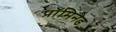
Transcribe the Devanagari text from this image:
प्रॉमिनेड